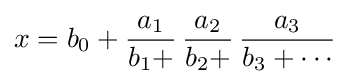
x=b_{0}+{\frac {a_{1}}{b_{1}+}}\,{\frac {a_{2}}{b_{2}+}}\,{\frac {a_{3}}{b_{3}+\cdots }}